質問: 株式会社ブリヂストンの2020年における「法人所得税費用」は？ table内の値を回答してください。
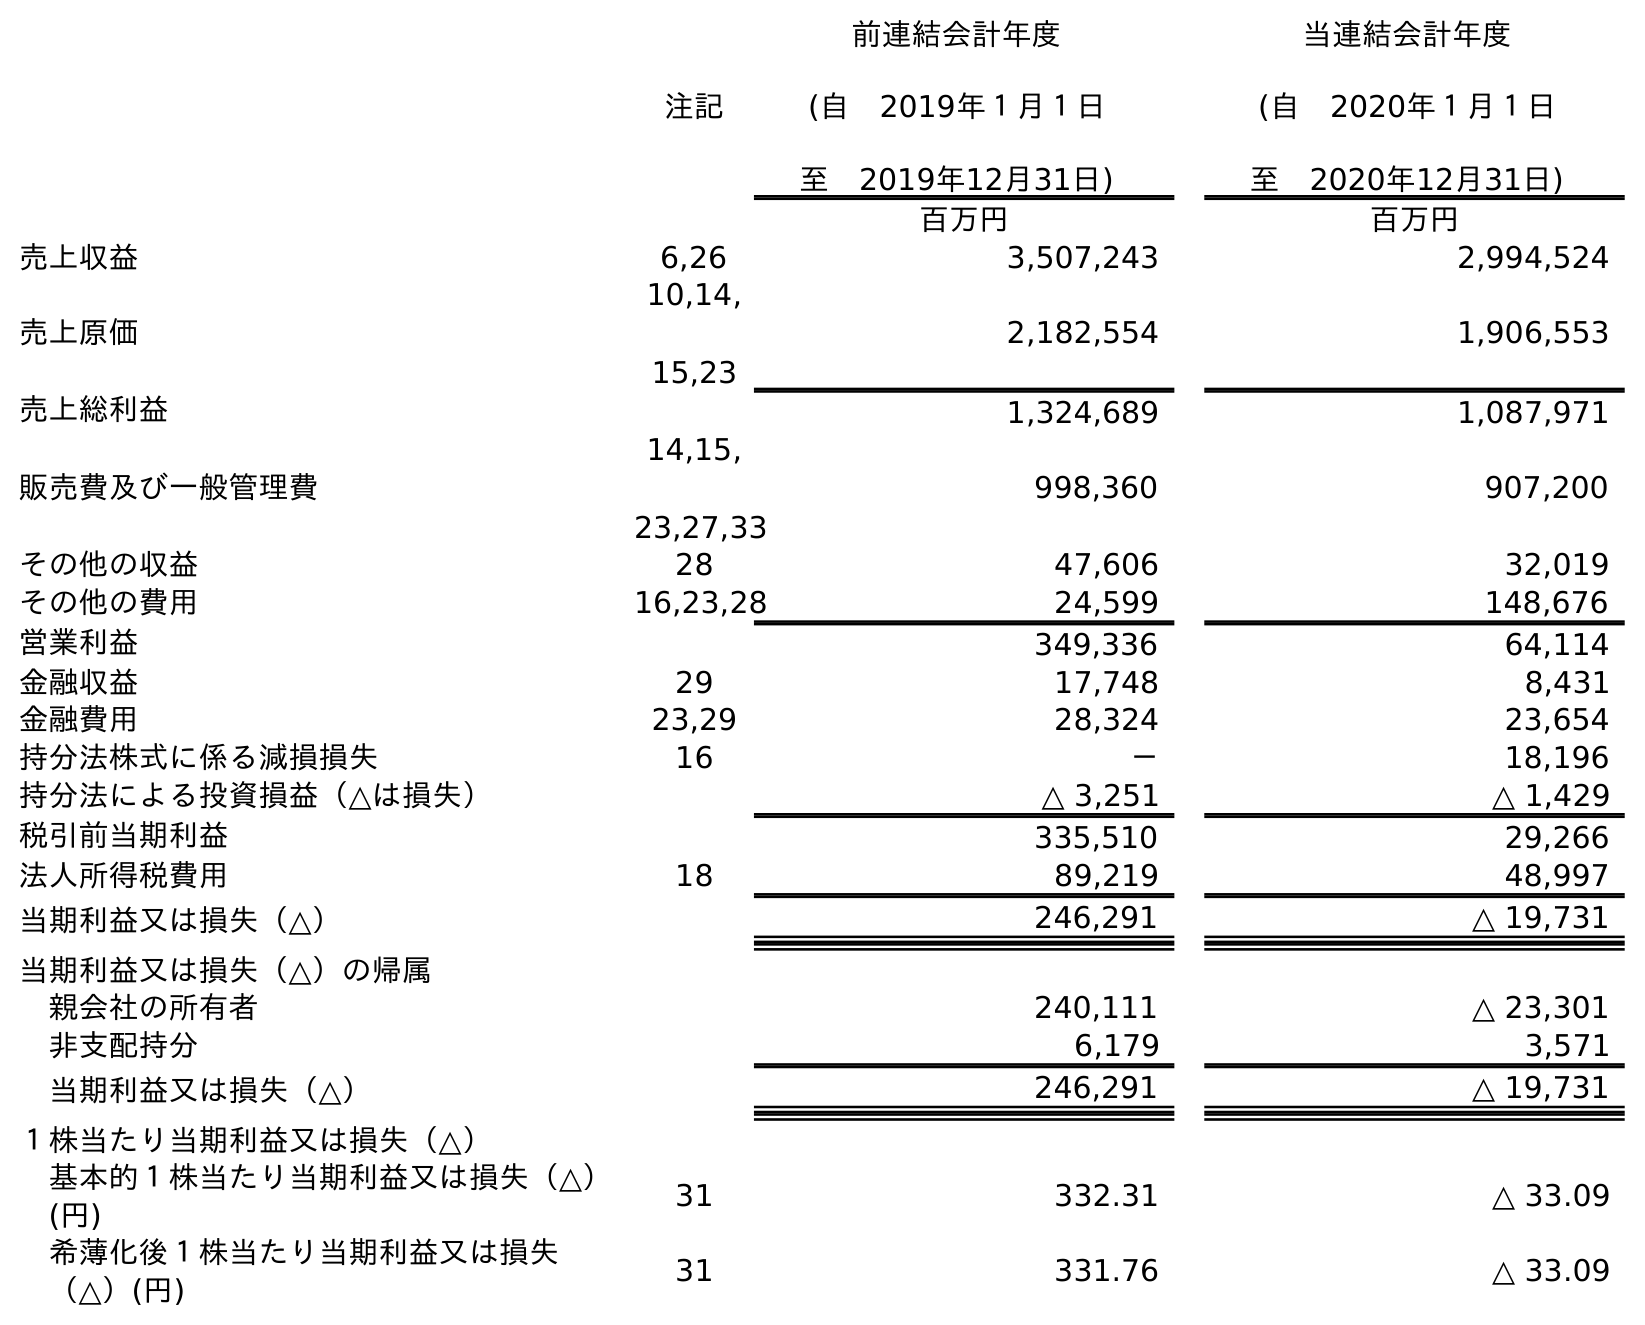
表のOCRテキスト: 注記 前連結会計年度 (自 2019年１月１日 至 2019年12月31日) 当連結会計年度 (自 2020年１月１日 至 2020年12月31日) 百万円 百万円 売上収益 6,26 3,507,243 2,994,524 売上原価 10,14, 15,23 2,182,554 1,906,553 売上総利益 1,324,689 1,087,971 販売費及び一般管理費 14,15, 23,27,33 998,360 907,200 その他の収益 28 47,606 32,019 その他の費用 16,23,28 24,599 148,676 営業利益 349,336 64,114 金融収益 29 17,748 8,431 金融費用 23,29 28,324 23,654 持分法株式に係る減損損失 16 － 18,196 持分法による投資損益（△は損失） △ 3,251 △ 1,429 税引前当期利益 335,510 29,266 法人所得税費用 18 89,219 48,997 当期利益又は損失（△） 246,291 △ 19,731 当期利益又は損失（△）の帰属 親会社の所有者 240,111 △ 23,301 非支配持分 6,179 3,571 当期利益又は損失（△） 246,291 △ 19,731 １株当たり当期利益又は損失（△） 基本的１株当たり当期利益又は損失（△） (円) 31 332.31 △ 33.09 希薄化後１株当たり当期利益又は損失 （△）(円) 31 331.76 △ 33.09
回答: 48,997